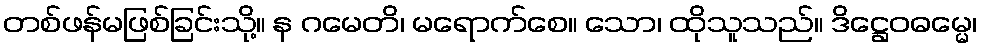
တစ်ဖန်မဖြစ်ခြင်းသို့။ န ဂမေတိ၊ မရောက်စေ။ သော၊ ထိုသူသည်။ ဒိဋ္ဌေဝဓမ္မေ၊